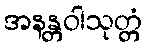
အနန္တဝါသုတ္တံ